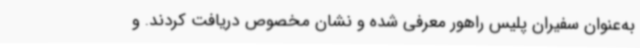
به‌عنوان سفیران پلیس راهور معرفی شده و نشان مخصوص دریافت کردند. و